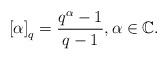
LaTeX: \begin{align*}\left[ \alpha \right]_q = \frac{{q^\alpha - 1}}{{q - 1}}, \alpha \in \mathbb{C}.\end{align*}